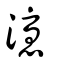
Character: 瀀